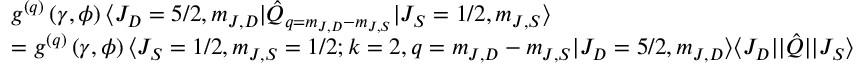
\begin{array} { r l } & { g ^ { ( q ) } \left( \gamma , \phi \right) \langle J _ { D } = 5 / 2 , m _ { J , D } \rvert \hat { Q } _ { q = m _ { J , D } - m _ { J , S } } \lvert J _ { S } = 1 / 2 , m _ { J , S } \rangle } \\ & { = g ^ { ( q ) } \left( \gamma , \phi \right) \langle J _ { S } = 1 / 2 , m _ { J , S } = 1 / 2 ; k = 2 , q = m _ { J , D } - m _ { J , S } \lvert J _ { D } = 5 / 2 , m _ { J , D } \rangle \langle J _ { D } \lvert \rvert \hat { Q } \rvert \lvert J _ { S } \rangle } \end{array}